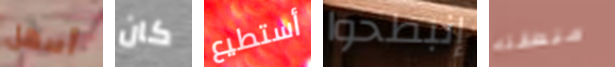
أسهل كان أستطيع إنبطحوا منطقته